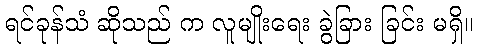
ရင်ခုန်သံ ဆိုသည် က လူမျိုးရေး ခွဲခြား ခြင်း မရှိ။